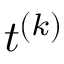
t ^ { ( k ) }